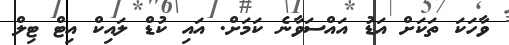
ވާހަކަ ތަކަށް އަޑު އައްސަވާނެ ކަމަށް. އައި ކުޑް ލައިކް އިޓް ޓިލް